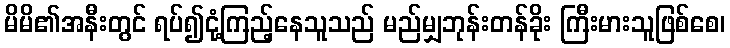
မိမိ၏အနီးတွင် ရပ်၍ငုံ့ကြည့်နေသူသည် မည်မျှဘုန်းတန်ခိုး ကြီးမားသူဖြစ်စေ၊